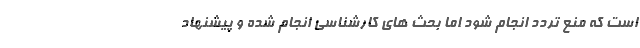
است که منع تردد انجام شود اما بحث های کارشناسی انجام شده و پیشنهاد